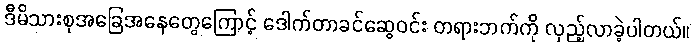
ဒီမိသားစုအခြေအနေတွေကြောင့် ဒေါက်တာခင်ဆွေဝင်း တရားဘက်ကို လှည့်လာခဲ့ပါတယ်။